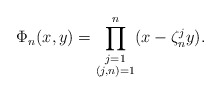
\begin{align*} \Phi_n(x,y)=\prod^n_{\substack{j=1 \\ (j,n)=1}}(x-\zeta^j_ny).\end{align*}